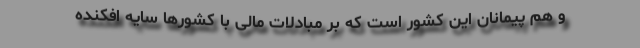
و هم پیمانان این کشور است که بر مبادلات مالی با کشورها سایه افکنده